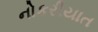
નોકરીયાત